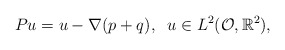
\begin{align*}P u= u -\nabla (p+q), \;\; u\in L^2(\mathcal{O},\mathbb{R}^2),\end{align*}